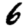
Digit: 6